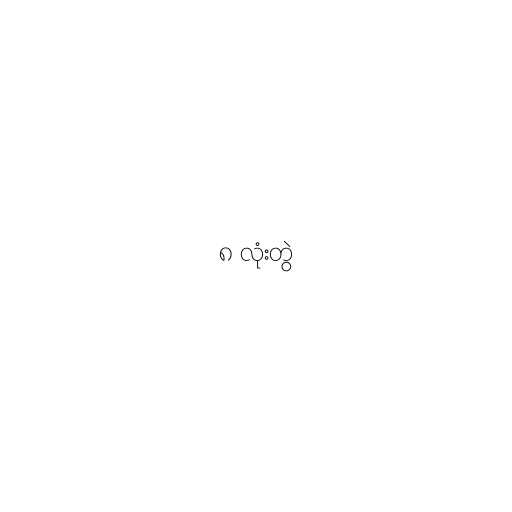
၈ လုံးတွဲ